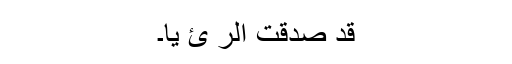
قَدْ صَدَّقْتَ الرُّ ئْ یَا۔